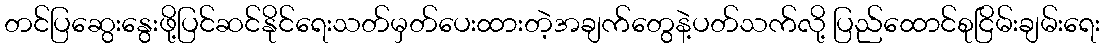
တင်ပြဆွေးနွေးဖို့ပြင်ဆင်နိုင်ရေးသတ်မှတ်ပေးထားတဲ့အချက်တွေနဲ့ပတ်သက်လို့ ပြည်ထောင်စုငြိမ်းချမ်းရေး